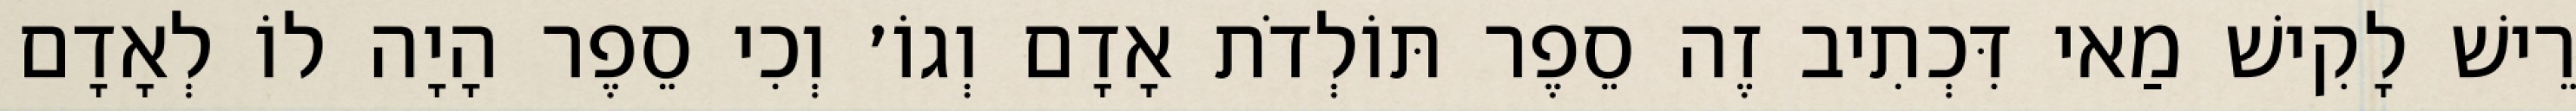
רֵישׁ לָקִישׁ מַאי דִּכְתִיב זֶה סֵפֶר תּוֹלְדֹת אָדָם וְגוֹ׳ וְכִי סֵפֶר הָיָה לוֹ לְאָדָם